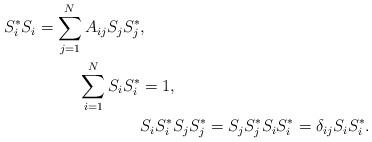
LaTeX: \begin{align*}S_{i}^{*}S_{i}=\sum_{j=1}^{N}A_{ij}S_{j}S_{j}^{*}&, \\\sum_{i=1}^{N}S_{i}S^{*}_{i}&=1,\\&S_{i}S_{i}^{*}S_{j}S_{j}^{*}=S_{j}S_{j}^{*}S_{i}S_{i}^{*}=\delta_{ij}S_{i}S_{i}^{*}.\end{align*}